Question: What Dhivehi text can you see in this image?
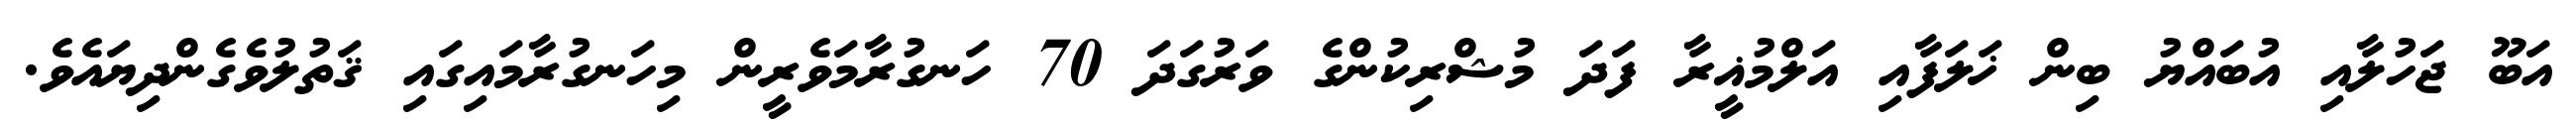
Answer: އަބޫ ޖަހުލާއި އުބައްޔު ބިން ޚަލަފާއި އަލްމުޣީރާ ފަދަ މުޝްރިކުންގެ ވަރުގަދަ 70 ހަނގުރާމަވެރީން މިހަނގުރާމައިގައި ޤަތުލުވެގެންދިޔައެވެ.